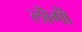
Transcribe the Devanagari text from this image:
लॊगॊं